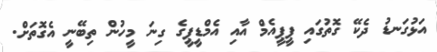
އަޅުގަނޑު ދެކޭ ގޮތުގައި ޕީޕީއެމް އާއި އެމްޑީޕީގެ ގިނަ މީހުން ތިބޭނީ އެގޮތަށް.